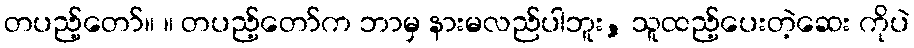
တပည့်တော်။ ။ တပည့်တော်က ဘာမှ နားမလည်ပါဘူး, သူထည့်ပေးတဲ့ဆေး ကိုပဲ